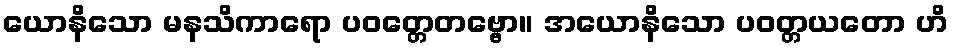
ယောနိသော မနသိကာရော ပဝတ္တေတဗ္ဗော။ အယောနိသော ပဝတ္တယတော ဟိ